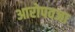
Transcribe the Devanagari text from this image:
आरोपवजा